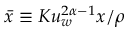
\bar { x } \equiv K u _ { w } ^ { 2 \alpha - 1 } x / \rho